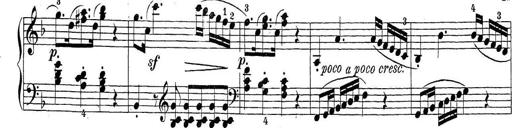
Title: Sonatina Album
Composer: Louis KÃ¶hler